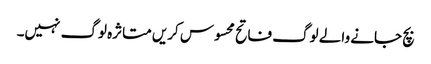
بچ جانے والے لوگ فاتح محسوس کریں متاثرہ لوگ نہیں۔